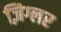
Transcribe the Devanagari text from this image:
ज़िग्लर